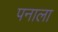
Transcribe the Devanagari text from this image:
पनाला